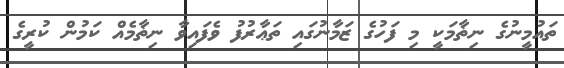
ތައުމީނުގެ ނިޡާމަކީ މި ފަހުގެ ޒަމާނުގައި ތަޢާރުފު ވެފައިވާ ނިޡާމެއް ކަމުން ކުރީގެ